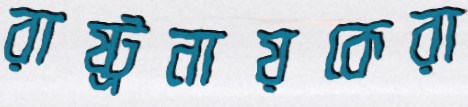
রাষ্ট্রনায়কেরা